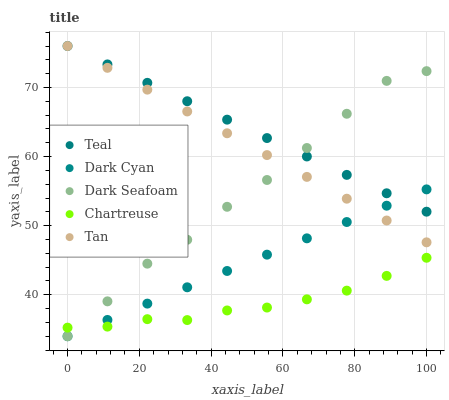
| xaxis_label | Teal | Dark Cyan | Dark Seafoam | Chartreuse | Tan |
 | --- | --- | --- | --- | --- | --- |
 | 0 | 76 | 34 | 34 | 35.2 | 76 |
 | 11.1 | 73.3 | 36.4 | 39.1 | 35.4 | 72.8 |
 | 22.2 | 70.7 | 38.7 | 44.5 | 36.5 | 69.7 |
 | 33.3 | 68 | 41.1 | 48 | 36.3 | 66.5 |
 | 44.4 | 65.3 | 43.4 | 52.7 | 37.7 | 63.4 |
 | 55.6 | 62.7 | 45.8 | 56.6 | 38.2 | 60.2 |
 | 66.7 | 60 | 48.2 | 61.2 | 39.3 | 57.1 |
 | 77.8 | 57.4 | 50.5 | 66.2 | 40.6 | 53.9 |
 | 88.9 | 54.7 | 52.9 | 71 | 42.7 | 50.7 |
 | 100 | 52 | 55.3 | 72.4 | 45.4 | 47.6 |